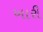
ખારી